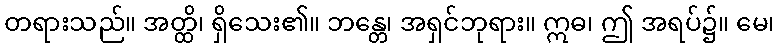
တရားသည်။ အတ္ထိ၊ ရှိသေး၏။ ဘန္တေ၊ အရှင်ဘုရား။ ဣဓ၊ ဤ အရပ်၌။ မေ၊